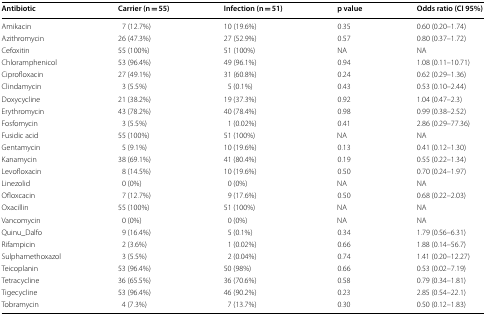
<table><thead><tr><td><b>Antibiotic</b></td><td><b>Carrier (n = 55)</b></td><td><b>Infection (n = 51)</b></td><td><b>p value</b></td><td><b>Odds ratio (CI 95%)</b></td></tr></thead><tbody><tr><td>Amikacin</td><td>7 (12.7%)</td><td>10 (19.6%)</td><td>0.35</td><td>0.60 (0.20–1.74)</td></tr><tr><td>Azithromycin</td><td>26 (47.3%)</td><td>27 (52.9%)</td><td>0.57</td><td>0.80 (0.37–1.72)</td></tr><tr><td>Cefoxitin</td><td>55 (100%)</td><td>51 (100%)</td><td>NA</td><td>NA</td></tr><tr><td>Chloramphenicol</td><td>53 (96.4%)</td><td>49 (96.1%)</td><td>0.94</td><td>1.08 (0.11–10.71)</td></tr><tr><td>Ciprofloxacin</td><td>27 (49.1%)</td><td>31 (60.8%)</td><td>0.24</td><td>0.62 (0.29–1.36)</td></tr><tr><td>Clindamycin</td><td>3 (5.5%)</td><td>5 (0.1%)</td><td>0.43</td><td>0.53 (0.10–2.44)</td></tr><tr><td>Doxycycline</td><td>21 (38.2%)</td><td>19 (37.3%)</td><td>0.92</td><td>1.04 (0.47–2.3)</td></tr><tr><td>Erythromycin</td><td>43 (78.2%)</td><td>40 (78.4%)</td><td>0.98</td><td>0.99 (0.38–2.52)</td></tr><tr><td>Fosfomycin</td><td>3 (5.5%)</td><td>1 (0.02%)</td><td>0.41</td><td>2.86 (0.29–77.36)</td></tr><tr><td>Fusidic acid</td><td>55 (100%)</td><td>51 (100%)</td><td>NA</td><td>NA</td></tr><tr><td>Gentamycin</td><td>5 (9.1%)</td><td>10 (19.6%)</td><td>0.13</td><td>0.41 (0.12–1.30)</td></tr><tr><td>Kanamycin</td><td>38 (69.1%)</td><td>41 (80.4%)</td><td>0.19</td><td>0.55 (0.22–1.34)</td></tr><tr><td>Levofloxacin</td><td>8 (14.5%)</td><td>10 (19.6%)</td><td>0.50</td><td>0.70 (0.24–1.97)</td></tr><tr><td>Linezolid</td><td>0 (0%)</td><td>0 (0%)</td><td>NA</td><td>NA</td></tr><tr><td>Ofloxcacin</td><td>7 (12.7%)</td><td>9 (17.6%)</td><td>0.50</td><td>0.68 (0.22–2.03)</td></tr><tr><td>Oxacillin</td><td>55 (100%)</td><td>51 (100%)</td><td>NA</td><td>NA</td></tr><tr><td>Vancomycin</td><td>0 (0%)</td><td>0 (0%)</td><td>NA</td><td>NA</td></tr><tr><td>Quinu_Dalfo</td><td>9 (16.4%)</td><td>5 (0.1%)</td><td>0.34</td><td>1.79 (0.56–6.31)</td></tr><tr><td>Rifampicin</td><td>2 (3.6%)</td><td>1 (0.02%)</td><td>0.66</td><td>1.88 (0.14–56.7)</td></tr><tr><td>Sulphamethoxazol</td><td>3 (5.5%)</td><td>2 (0.04%)</td><td>0.74</td><td>1.41 (0.20–12.27)</td></tr><tr><td>Teicoplanin</td><td>53 (96.4%)</td><td>50 (98%)</td><td>0.66</td><td>0.53 (0.02–7.19)</td></tr><tr><td>Tetracycline</td><td>36 (65.5%)</td><td>36 (70.6%)</td><td>0.58</td><td>0.79 (0.34–1.81)</td></tr><tr><td>Tigecycline</td><td>53 (96.4%)</td><td>46 (90.2%)</td><td>0.23</td><td>2.85 (0.54–22.1)</td></tr><tr><td>Tobramycin</td><td>4 (7.3%)</td><td>7 (13.7%)</td><td>0.30</td><td>0.50 (0.12–1.83)</td></tr></tbody></table>